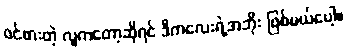
ဝင်စားတဲ့ လူကတော့ဆိုရင် ဒီကလေးရဲ့အဘိုး ဖြစ်မယ်ပေါ့။